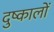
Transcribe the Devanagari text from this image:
दुष्कालों